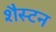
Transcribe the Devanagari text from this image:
शैस्टन